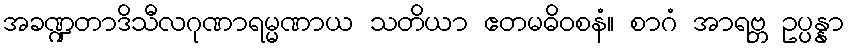
အခဏ္ဍတာဒိသီလဂုဏာရမ္မဏာယ သတိယာ ဧတမဓိဝစနံ။ စာဂံ အာရဗ္ဘ ဥပ္ပန္နာ